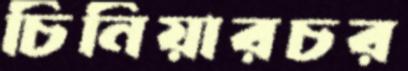
চিনিয়ারচর